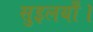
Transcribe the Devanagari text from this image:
सुइलयाँ।